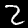
Label: 2